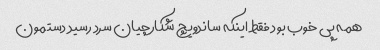
همه پی خوب بود فقط اینکه ساندویچ شکارچیان سرد رسید دستمون